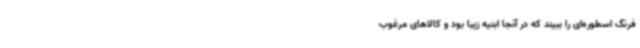
فرنگ اسطوره‌ای را ببیند که در آنجا ابنیه زیبا بود و کالاهای مرغوب